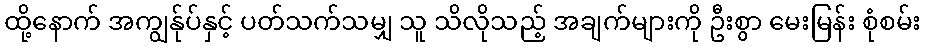
ထို့နောက် အကျွန်ုပ်နှင့် ပတ်သက်သမျှ သူ သိလိုသည့် အချက်များကို ဦးစွာ မေးမြန်း စုံစမ်း